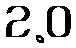
2.0